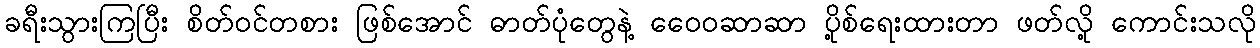
ခရီးသွားကြပြီး စိတ်ဝင်တစား ဖြစ်အောင် ဓာတ်ပုံတွေနဲ့ ဝေေ၀ဆာဆာ ပို့စ်ရေးထားတာ ဖတ်လို့ ကောင်းသလို